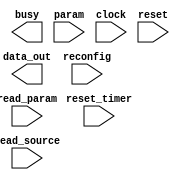

module joker_remote_update (
	busy,
	data_out,
	param,
	read_param,
	reconfig,
	reset_timer,
	read_source,
	clock,
	reset);	

	output		busy;
	output	[28:0]	data_out;
	input	[2:0]	param;
	input		read_param;
	input		reconfig;
	input		reset_timer;
	input	[1:0]	read_source;
	input		clock;
	input		reset;
endmodule